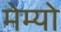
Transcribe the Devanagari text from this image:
मेम्यो